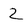
Character: Z